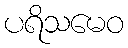
ပရိသမေဝ